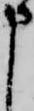
申